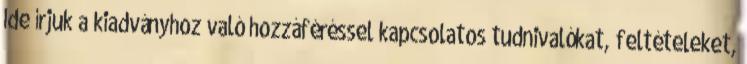
Ide írjuk a kiadványhoz való hozzáféréssel kapcsolatos tudnivalókat, feltételeket,